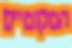
המקומיים